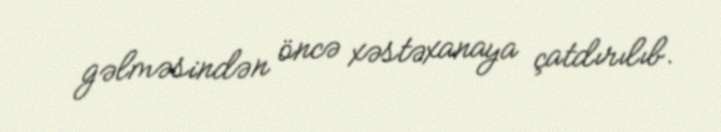
gəlməsindən öncə xəstəxanaya çatdırılıb.